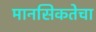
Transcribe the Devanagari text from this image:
मानसिकतेचा